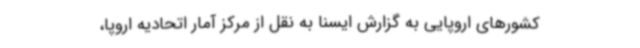
کشورهای اروپایی به گزارش ایسنا به نقل از مرکز آمار اتحادیه اروپا،